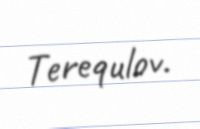
Terequlov.